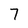
Character: 7